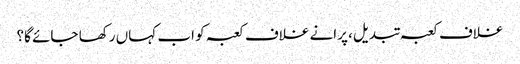
غلاف کعبہ تبدیل، پرانے غلاف کعبہ کو اب کہاں رکھا جائے گا؟